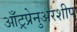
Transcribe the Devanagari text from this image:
आँट्रप्रेनुअरशीप